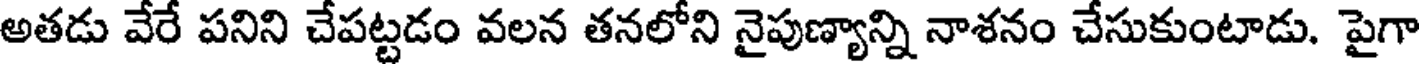
అతడు వేరే పనిని చేపట్టడం వలన తనలోని నైపుణ్యాన్ని నాశనం చేసుకుంటాడు. పైగా